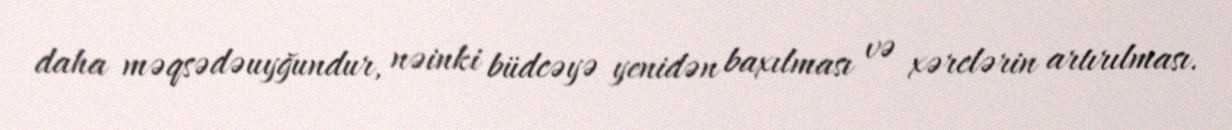
daha məqsədəuyğundur, nəinki büdcəyə yenidən baxılması və xərclərin artırılması.